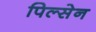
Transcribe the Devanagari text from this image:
पिल्सेन